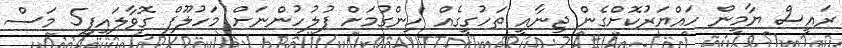
ރައީސް ޔާމީން ހައްޔަރުކޮށްގެން ޖިނާއީ ތަހުގީގެއް ހިންގުމަށް ފުލުހުންނަށް މަހުލޫފް ގޮވާލައިފި5 މަސް